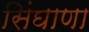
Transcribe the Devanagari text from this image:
सिंघाणा